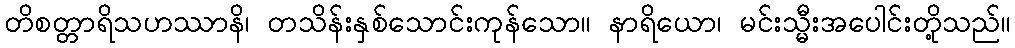
တိစတ္တာရိသဟဿာနိ၊ တသိန်းနှစ်သောင်းကုန်သော။ နာရိယော၊ မင်းသ္မီးအပေါင်းတို့သည်။